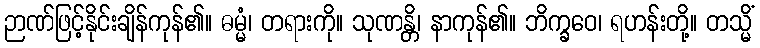
ဉာဏ်ဖြင့်နိုင်းချိန်ကုန်၏။ ဓမ္မံ၊ တရားကို။ သုဏန္တိ၊ နာကုန်၏။ ဘိက္ခဝေ၊ ရဟန်းတို့။ တသ္မိံ